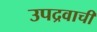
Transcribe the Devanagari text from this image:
उपद्रवाची